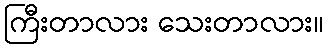
ကြီးတာလား သေးတာလား။